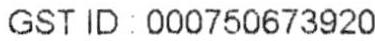
GST ID : 000750673920